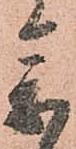
参